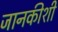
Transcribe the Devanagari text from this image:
जानकीशी